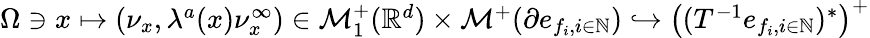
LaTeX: \begin{array}{r}{\Omega\ni x\mapsto(\nu_{x},\lambda^{a}(x)\nu_{x}^{\infty})\in\mathcal{M}_{1}^{+}(\mathbb{R}^{d})\times\mathcal{M}^{+}(\partial e_{f_{i},i\in\mathbb{N}})\hookrightarrow\big((T^{-1}e_{f_{i},i\in\mathbb{N}})^{*}\big)^{+}}\end{array}